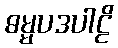
ဓမ္မပဒပါဠိ